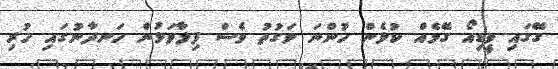
ގޭގައި ވީޑިއޯ ގޭމެއް ކުޅެން ހުންނަ ވަގުތު ވެސް ފިލާވަޅުން ހަނދާނުގައި ހުރި